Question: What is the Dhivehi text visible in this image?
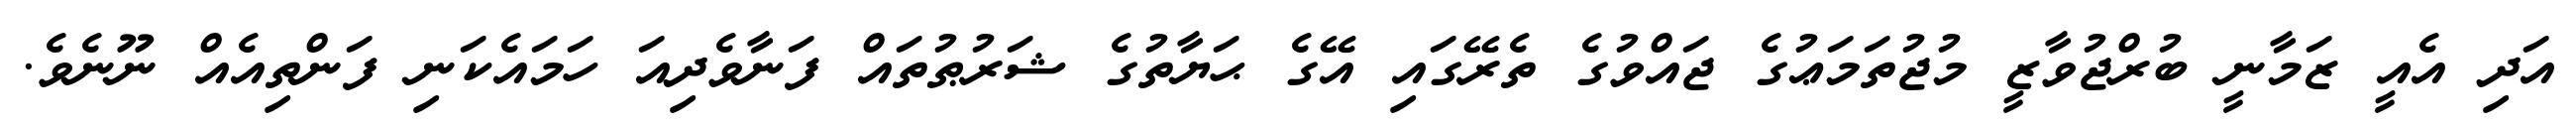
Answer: އަދި އެއީ ޒަމާނީ ބުރްޖުވާޒީ މުޖުތަމަޢުގެ ޖައްވުގެ ތެރޭގައި އޭގެ ޙަޔާތުގެ ޝަރުޠުތައް ފަނާވެދިއަ ހަމައެކަނި ފަންތިއެއް ނޫނެވެ.